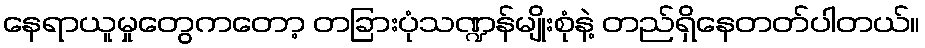
နေရာယူမှုတွေကတော့ တခြားပုံသဏ္ဍန်မျိုးစုံနဲ့ တည်ရှိနေတတ်ပါတယ်။